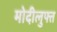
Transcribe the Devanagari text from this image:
मोदीलुफ्त